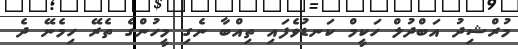
މުރްޝިދު އަބްދުލް ހަކީމް ކަނޑުވެފައި ތިއްބާ ނެގި މީހުންގެ ތެރޭ ހިމެނޭ ދެ